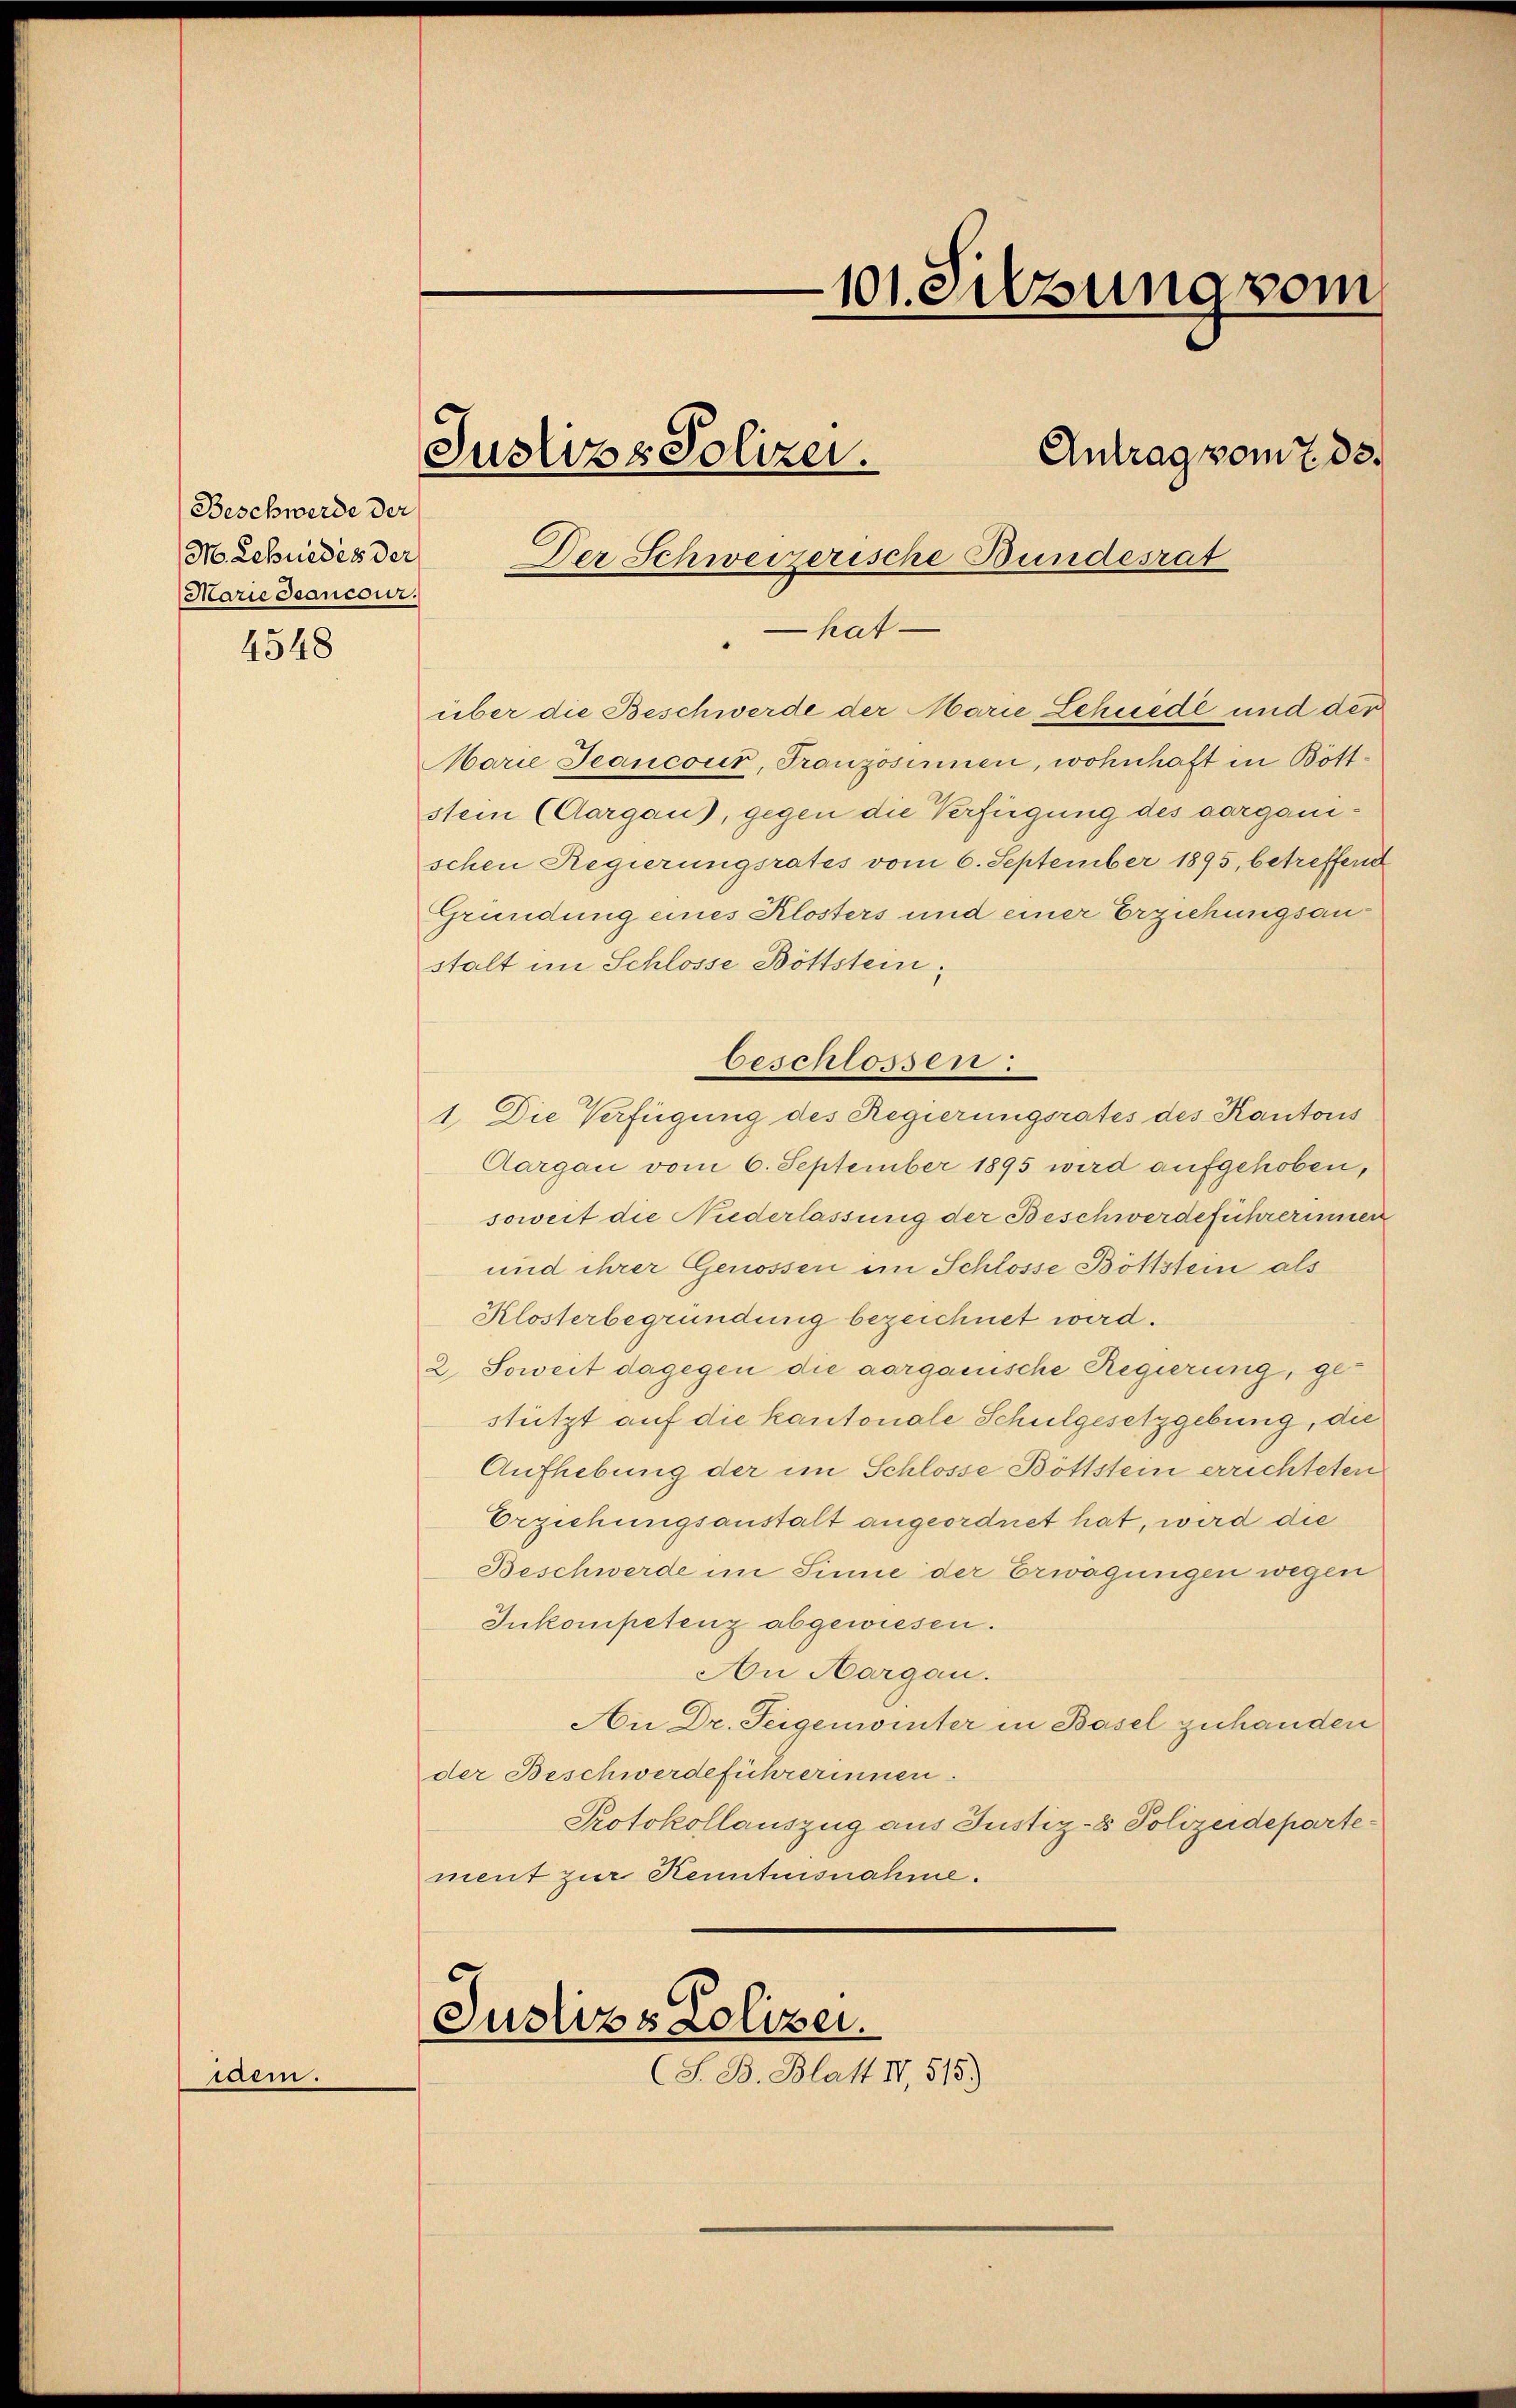
Beschwerde der
M. Sekundes der
Marie Jeancour.
4548

warm.

101. Sitzung vom
Antrag vom 7. 33.
Justiz & Polizei.
Der Schweizerische Bundesrat

Marie Jeancour, Franzosinnen, wohnhaft in Böttstem (Aargau), gegen die Verfügung des aarganischen Regierungsrates vom 6. September 1895, betreffend
Gründung eines Klosters und einer Erziehungsanstalt im Schlosse Böttstein,
beschlossen:
1. Die Verfügung des Regierungsrates des Kantons
Aargau vom 6. September 1895 wird aufgehoben,
soweit die Nuderlassung der Beschwerdeführerinnen
und ihrer Genossen im Schlosse Böttstein als
Klosterbegründung bezeichnet wird.
2. Soweit dagegen die aargauische Regierung, gestützt auf die kantonale Schulgesetzgebung, die
Aufhebung der im Schlosse Böttstein errichteten
Erziehungsanstalt angeordnet hat, wird die
Beschwerde im Sinne der Erwägungen wegen
Inkompetenz abgewiesen.
An Aargau.
An Dr. Teigenwinter in Basel zuhanden
der Beschwerdeführerinnen.
Protokollauszug aus Justiz- & Polizeidepartement zur Kenntnisnahme.

Justiz & Polizei.
(S. B. Blatt II, 515.)

hatüber die Beschwerde der Marie Schiede und der